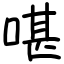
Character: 啿